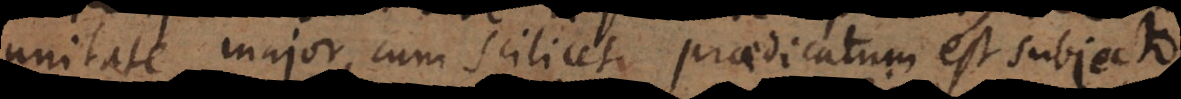
unitate major, cum scilicet praedicatum est subjecto